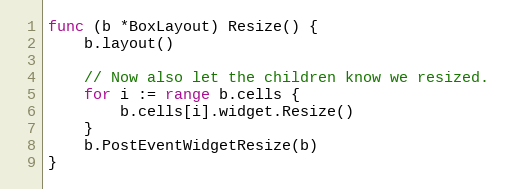
Language: Go
func (b *BoxLayout) Resize() {
	b.layout()

	// Now also let the children know we resized.
	for i := range b.cells {
		b.cells[i].widget.Resize()
	}
	b.PostEventWidgetResize(b)
}